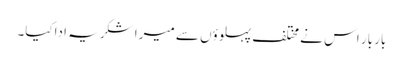
بار بار اس نے مختلف پہلوؤں سے میرا شکریہ اداکیا۔